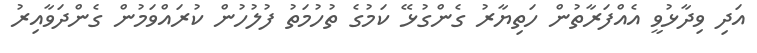
އަދި ވިދާޅުވީ އެއްފަރާތުން ހަތިޔާރު ގެންގުޅޭ ކަމުގެ ތުހުމަތު ފުލުހުން ކުރައްވަމުން ގެންދަވާއިރު